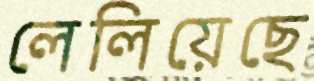
লেলিয়েছে